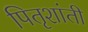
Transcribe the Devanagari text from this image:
पितृशांती